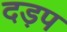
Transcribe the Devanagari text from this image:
दड़प